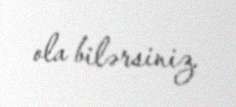
ola bilərsiniz.